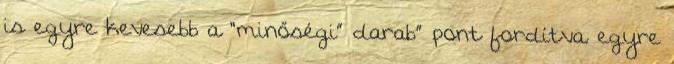
is egyre kevesebb a “minőségi” darab” pont fordítva. egyre